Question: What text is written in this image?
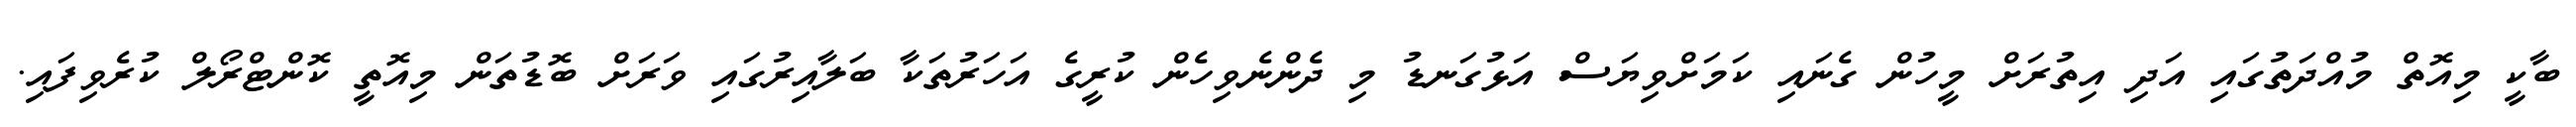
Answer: ބާކީ މިއޮތް މުއްދަތުގައި އަދި އިތުރަށް މީހުން ގެނައި ކަމަށްވިޔަސް އަޅުގަނޑު މި ދެންނެވިހެން ކުރީގެ އަހަރުތަކާ ބަލާއިރުގައި ވަރަށް ބޮޑުތަން މިއޮތީ ކޮންޓްރޯލް ކުރެވިފައި.